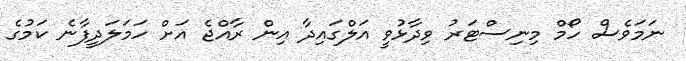
ނަމަވެސް ހޯމް މިނިސްޓަރު ވިދާޅުވީ އަލްގައިދާ އިން ރާއްޖެ އަށް ހަމަލަދީފާނެ ކަމުގެ